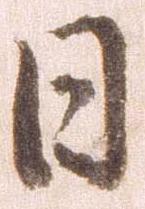
日